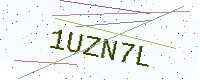
Text: 1UZN7L